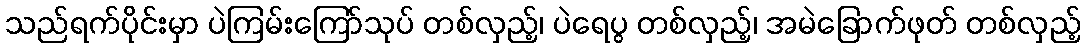
သည်ရက်ပိုင်းမှာ ပဲကြမ်းကြော်သုပ် တစ်လှည့်၊ ပဲရေပွ တစ်လှည့်၊ အမဲခြောက်ဖုတ် တစ်လှည့်